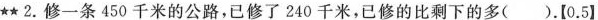
★★2.修一条450千米的公路，已修了240千米，已修的比剩下的多( ).【0.5】